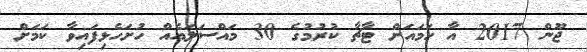
ޖޫން 2017 އާ ހަމައަށް ޓާޗާ ކުރުމުގެ 30 މައްސަލައެއް ހުށަހެޅިފައިވާ ކަމަށް